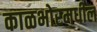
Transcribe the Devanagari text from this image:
काळभोरमधील